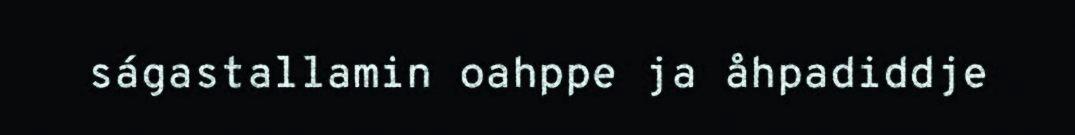
ságastallamin oahppe ja åhpadiddje